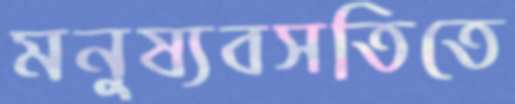
মনুষ্যবসতিতে